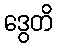
ဒွေတိ